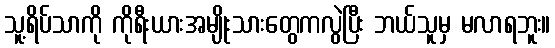
သူ့ရိပ်သာကို ကိုရီးယားအမျိုးသားတွေကလွဲပြီး ဘယ်သူမှ မလာရဘူး။